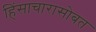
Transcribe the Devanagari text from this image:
हिंसाचारासोबत